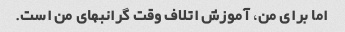
اما برای من، آموزش اتلاف وقت گرانبهای من است.